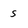
Character: s